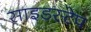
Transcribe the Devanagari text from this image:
साइडस्टेप